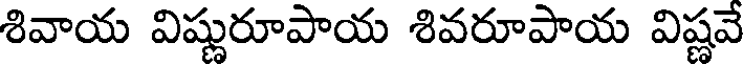
శివాయ విష్ణురూపాయ శివరూపాయ విష్ణవే